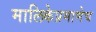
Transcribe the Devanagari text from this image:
मालिकेप्रमाणेच